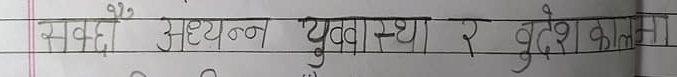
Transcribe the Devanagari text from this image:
सब्बै अध्ययन युवावस्था र वृद्धेश कालमा